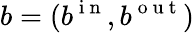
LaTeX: b=(b^{\mathrm{~i~n~}},b^{\mathrm{~o~u~t~}})